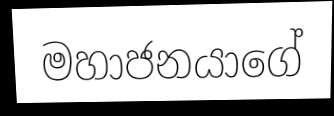
මහාජනයාගේ